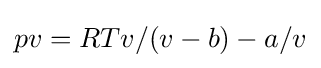
pv=RTv/(v-b)-a/v